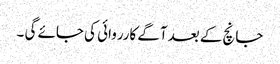
جانچ کے بعد آگے کارروائی کی جائے گی ۔